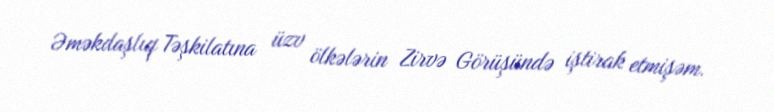
Əməkdaşlıq Təşkilatına üzv ölkələrin Zirvə Görüşündə iştirak etmişəm.